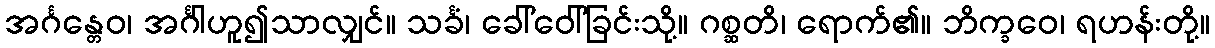
အင်္ဂန္တေဝ၊ အင်္ဂါဟူ၍သာလျှင်။ သင်္ခံ၊ ခေါ်ဝေါ်ခြင်းသို့။ ဂစ္ဆတိ၊ ရောက်၏။ ဘိက္ခဝေ၊ ရဟန်းတို့။